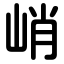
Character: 峭